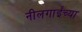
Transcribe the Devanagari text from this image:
नीलगाईंच्या